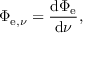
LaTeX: \Phi _ { \mathrm { e } , \nu } = { \frac { \mathrm { d } \Phi _ { \mathrm { e } } } { \mathrm { d } \nu } } ,